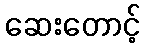
ဆေးတောင့်